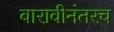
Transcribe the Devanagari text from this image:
बारावीनंतरच